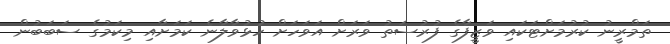
ތަމްރީނު ކުރުމަށްޓަކައި ވަޒީފާގެ ފުރުސަތު ވަރަށް އަވަހަށް ހުޅުވާލާނެ ކަމަށާއި މިކަމުގެ ސަބަބުން